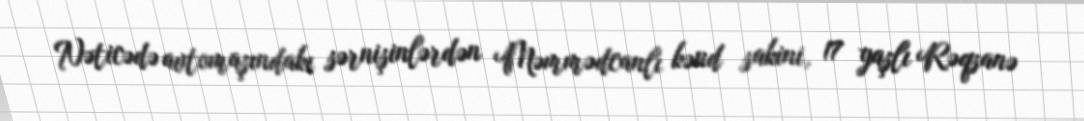
Nəticədə avtomaşındakı sərnişinlərdən Məmmədcanlı kənd sakini, 17 yaşlı Rəqsanə